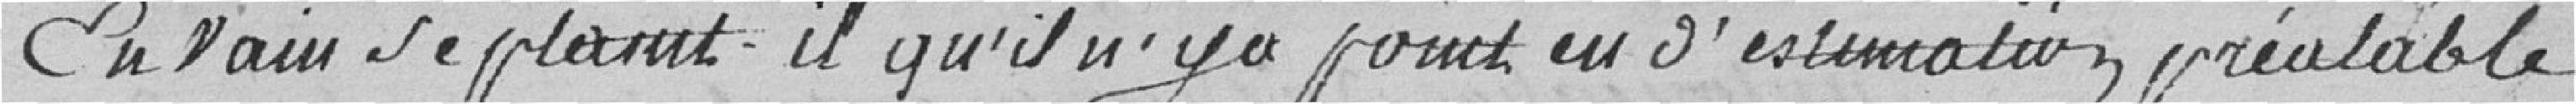
En vain se plaint-il qu'il n'y a point eu d'estimation préalable